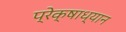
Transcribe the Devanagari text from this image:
प्रेक्षाध्यान